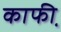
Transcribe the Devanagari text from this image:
काफी़